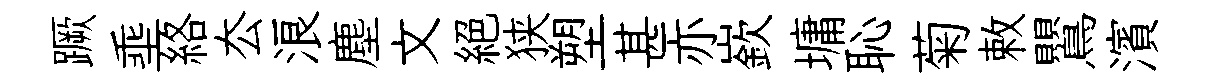
蹶埀絡厺浪塵文絶狭塑甚亦嶔墉恥菊敕鸎濱